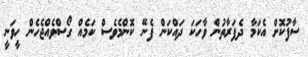
ސާފުކޮށް އެކަމާ ދެފަރާތުން ވާހަކަ ދައްކަން ފެނޭ ކޮންމެވެސް ކަމެއް ގޯސްވެއްޖެހެން ހީވަނީ